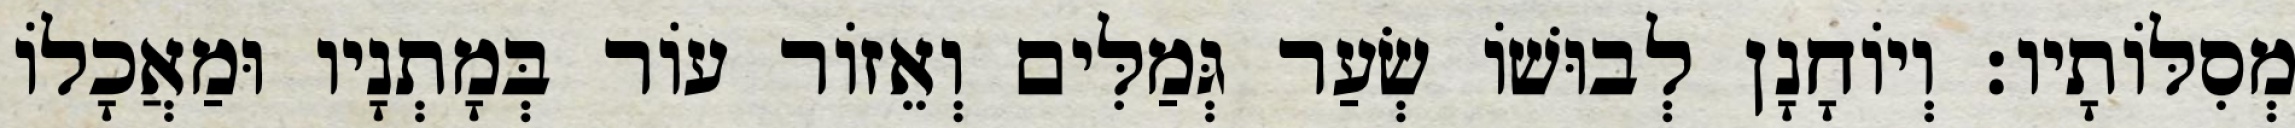
מְסִלּוֹתָיו׃ וְיוֹחָנָן לְבוּשׁוֹ שְׂעַר גְּמַלִּים וְאֵזוֹר עוֹר בְּמָתְנָיו וּמַאֲכָלוֹ